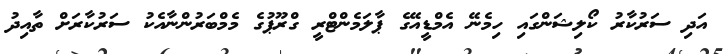
އަދި ސަރުކާރު ކޯލިޝަންގައި ހިމެނޭ އެމްޑީއޭގެ ޕާލަމެންޓްރީ ގްރޫޕުގެ މެމްބަރުންނާއެކު ސަރުކާރަށް ތާއިދު